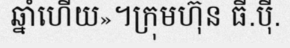
ឆ្នាំហើយ»។ក្រុមហ៊ុន ធី.ប៉ី.